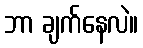
ဘာ ချက်နေလဲ။